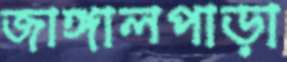
জাঙ্গালপাড়া